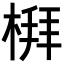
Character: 𪲻